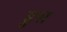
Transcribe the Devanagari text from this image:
ढुस